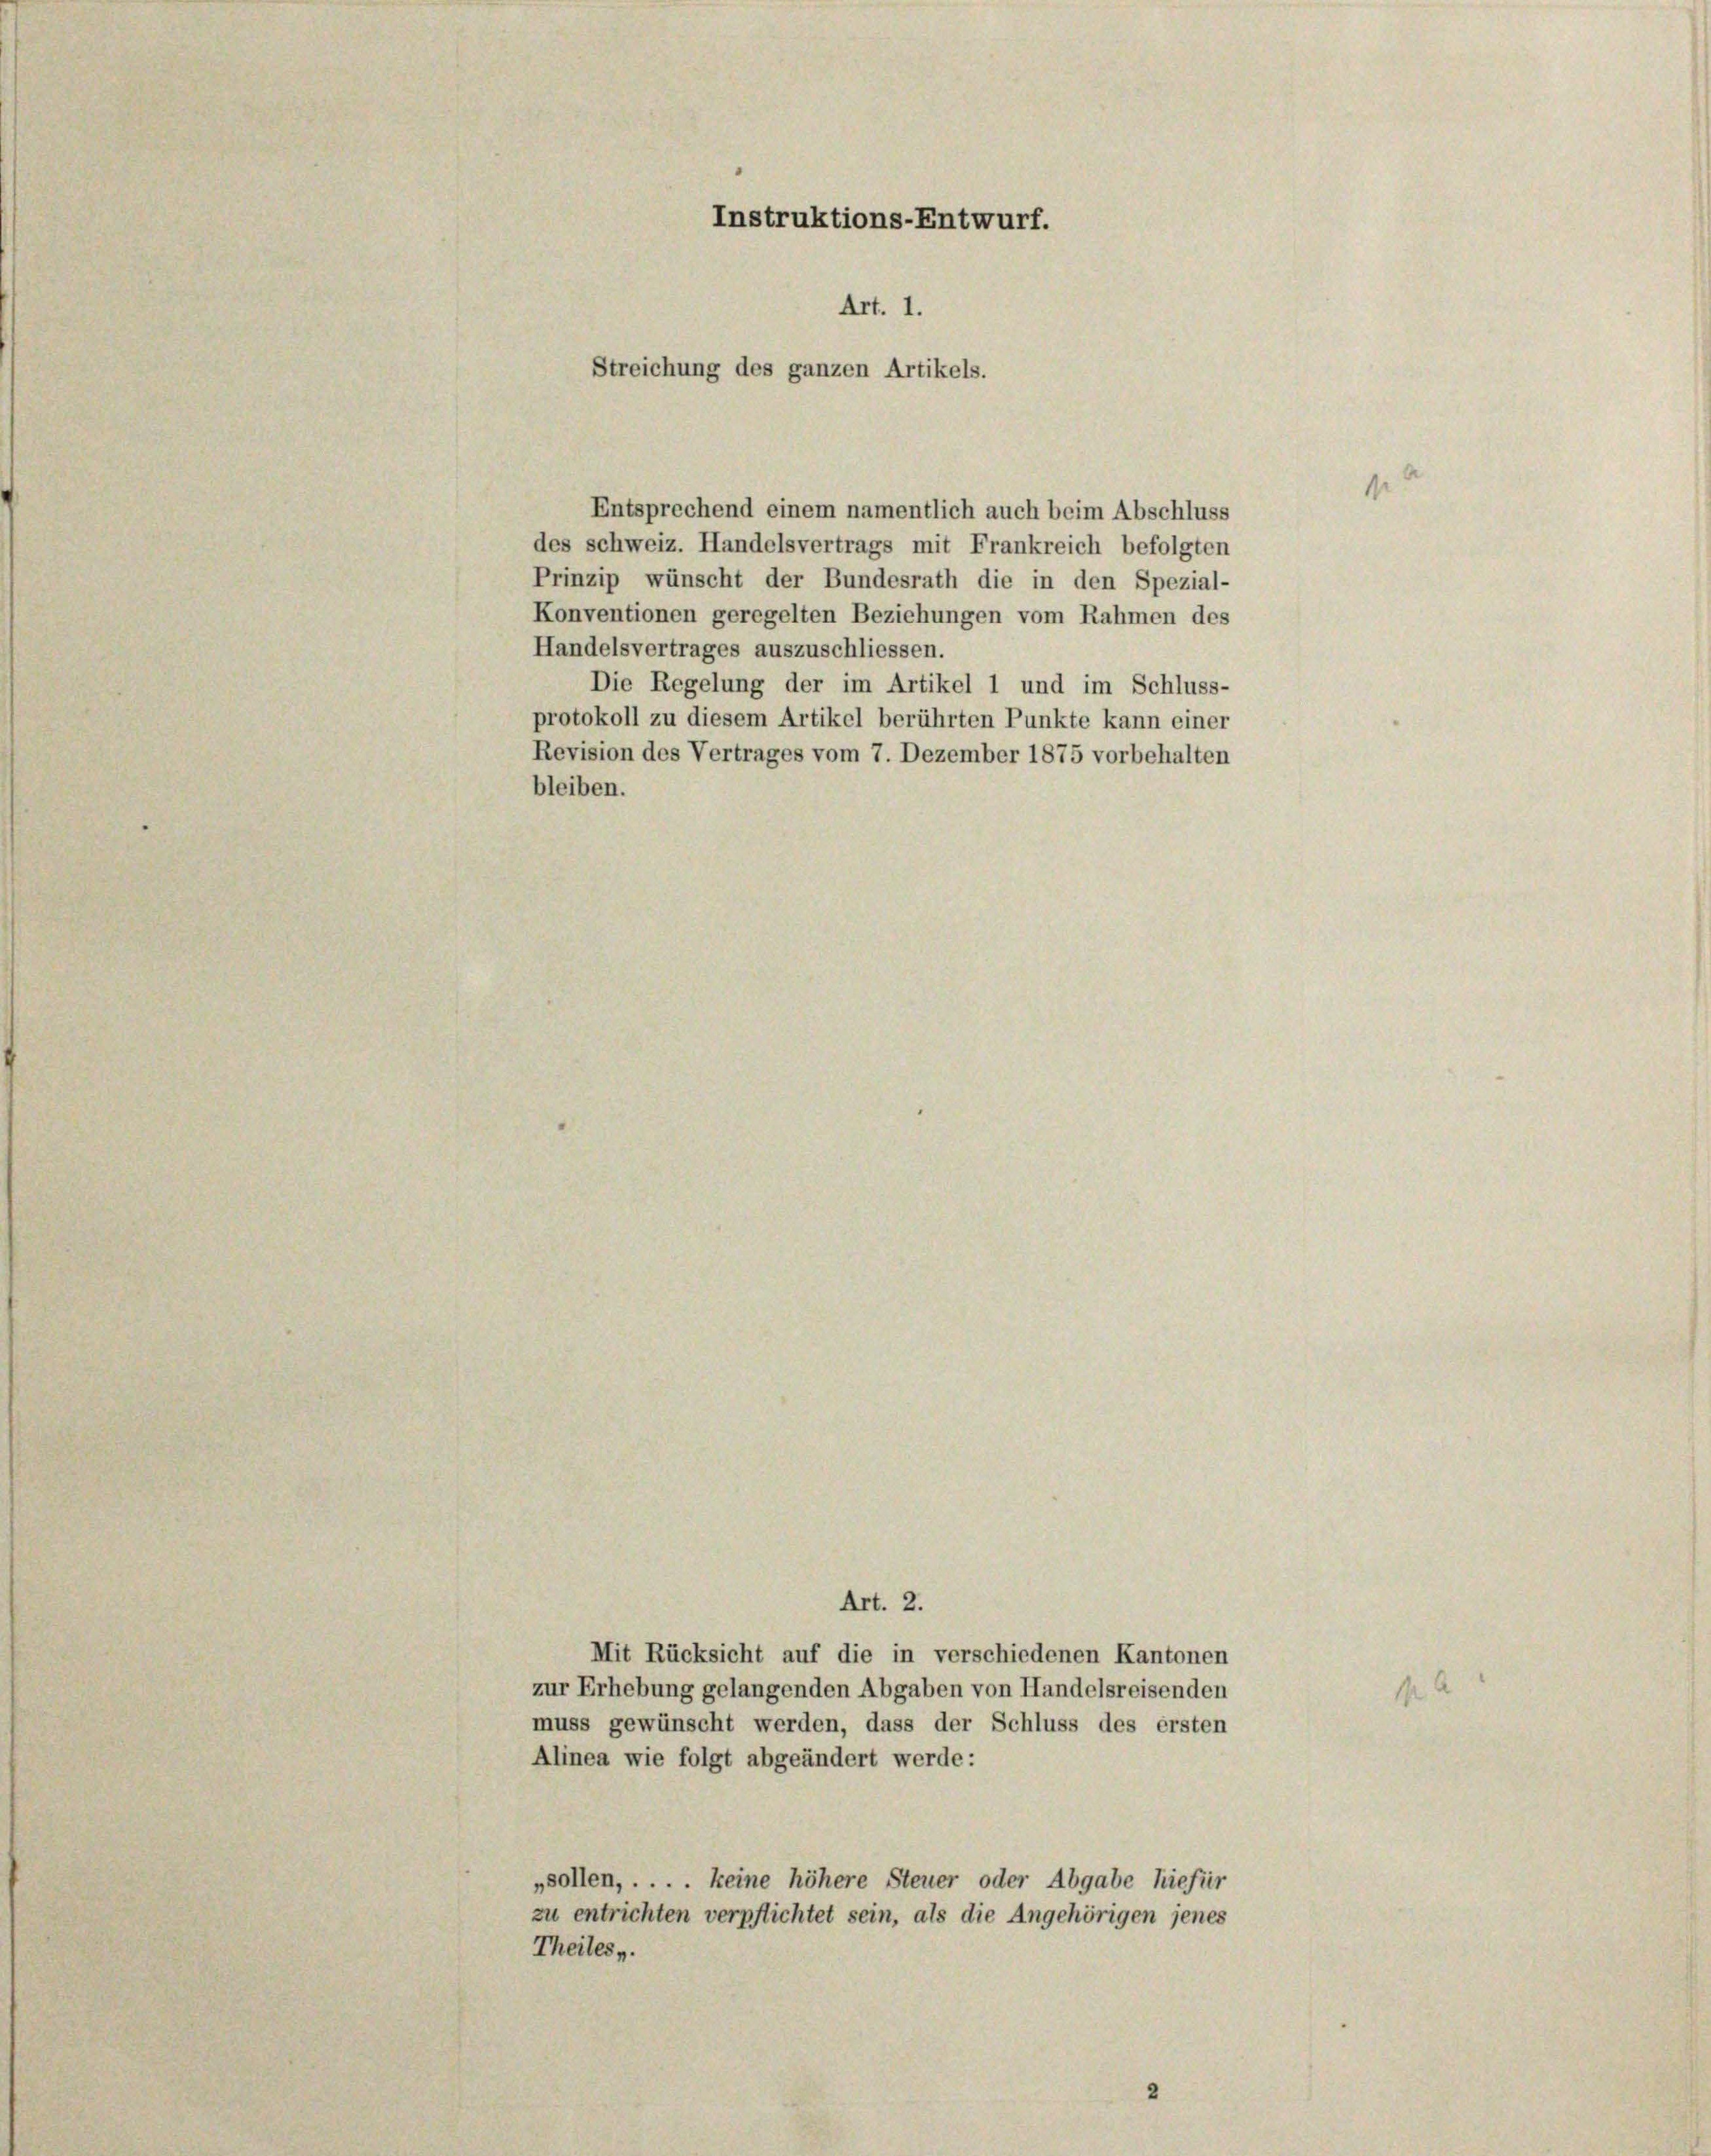
des schweiz. Handelsvertrags mit Frankreich befolgten
Prinzip wünscht der Bundesrath die in den Spezial-
Konventionen geregelten Beziehungen vom Rahmen des
Handelsvertrages auszuschliessen.
Die Regelung der im Artikel 1 und im Schluss-
protokoll zu diesem Artikel berührten Punkte kann einer
Revision des Vertrages vom 7. Dezember 1875 vorbehalten
bleiben.

Instruktions-Entwurf.
Art. 1.
Streichung des ganzen Artikels.

Entsprechend einem namentlich auch beim Abschluss

Art. 2.
Mit Rücksicht auf die in verschiedenen Kantonen
zur Erhebung gelangenden Abgaben von Handelsreisenden
muss gewünscht werden, dass der Schluss des ersten
Alinea wie folgt abgeändert werde:
„sollen, . . . . keine höhere Steuer oder Abgabe hiefür
zu entrichten verpflichtet sein, als die Angehörigen jenes
Theiles,

1

1